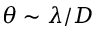
\theta \sim \lambda / D